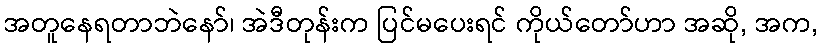
အတူနေရတာဘဲနော်၊ အဲဒီတုန်းက ပြင်မပေးရင် ကိုယ်တော်ဟာ အဆို, အက,